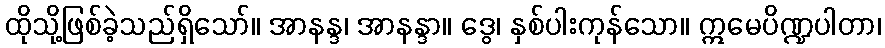
ထိုသို့ဖြစ်ခဲ့သည်ရှိသော်။ အာနန္ဒ၊ အာနန္ဒာ။ ဒွေ၊ နှစ်ပါးကုန်သော။ ဣမေပိဏ္ဍပါတာ၊